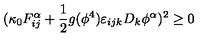
( \kappa _ { 0 } F _ { i j } ^ { \alpha } + \frac { 1 } { 2 } g ( \phi ^ { 4 } ) \varepsilon _ { i j k } D _ { k } \phi ^ { \alpha } ) ^ { 2 } \ge 0